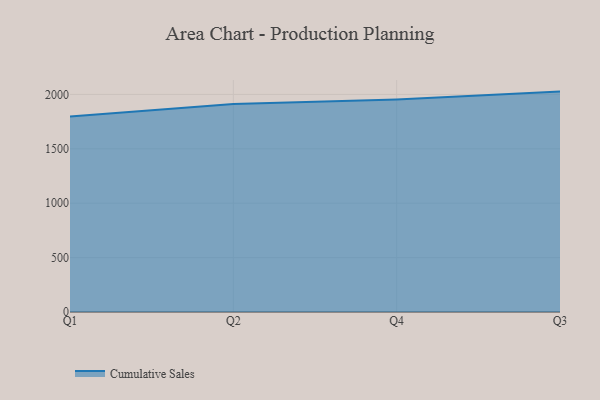
{"axis": {"x": "Quarter", "y": "Satisfaction Score"}, "legend": ["Cumulative Sales"], "data": [{"x": "Q1", "y": 1796.9, "type": "Cumulative Sales"}, {"x": "Q2", "y": 1911.0, "type": "Cumulative Sales"}, {"x": "Q4", "y": 1954.0, "type": "Cumulative Sales"}, {"x": "Q3", "y": 2025.8, "type": "Cumulative Sales"}]}